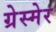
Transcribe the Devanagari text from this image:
ग्रेस्मेर